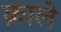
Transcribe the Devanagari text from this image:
क्राले